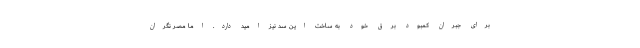
برای جبران کمبود برق خود به ساخت این سد نیز امید دارد. اما مصر نگران